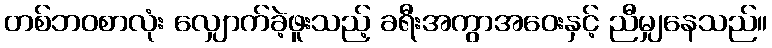
တစ်ဘဝစာလုံး လျှောက်ခဲ့ဖူးသည့် ခရီးအကွာအဝေးနှင့် ညီမျှနေသည်။